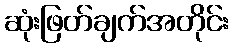
ဆုံးဖြတ်ချက်အတိုင်း